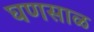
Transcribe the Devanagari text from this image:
घणसाळ